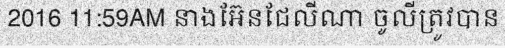
2016 11:59AM នាងអ៊ែនជែលីណា ចូលីត្រូវបាន